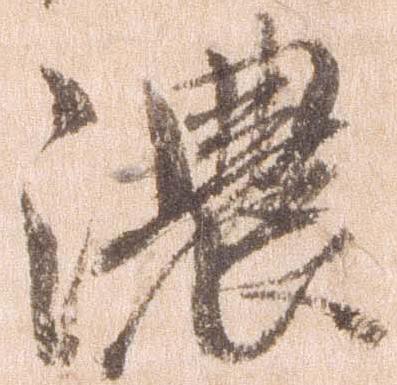
濃